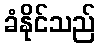
ခံနိုင်သည်